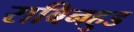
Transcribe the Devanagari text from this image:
राबिनहुड